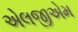
એલજીએમ